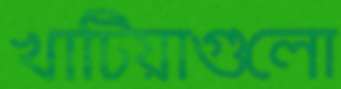
খাটিয়াগুলো